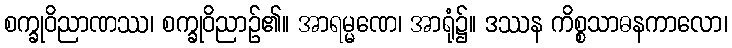
စက္ခုဝိညာဏဿ၊ စက္ခုဝိညာဉ်၏။ အာရမ္မဏေ၊ အာရုံ၌။ ဒဿန ကိစ္စသာဓနကာလော၊